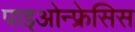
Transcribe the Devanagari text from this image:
पाइओन्फ्रेसिस